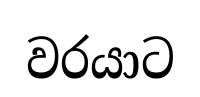
වරයාට